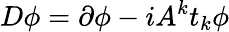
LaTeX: D\phi=\partial\phi-iA^{k}t_{k}\phi